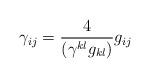
LaTeX: \begin{align*}\gamma_{ij} = \frac{4}{(\gamma^{kl}g_{kl})}g_{ij} \end{align*}